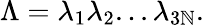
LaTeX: \Lambda=\lambda_{1}\lambda_{2}...\lambda_{3\mathbb{N}}.